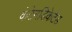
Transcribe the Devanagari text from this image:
कंटेनडिकेटेड